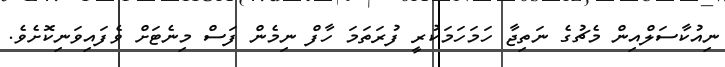
ނިއުކާސަލްއިން މެޗުގެ ނަތިޖާ ހަމަހަމަކުރީ ފުރަތަމަ ހާފް ނިމެން ފަސް މިނެޓަށް ވެފައިވަނިކޮށެވެ.